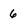
Character: 6